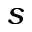
s